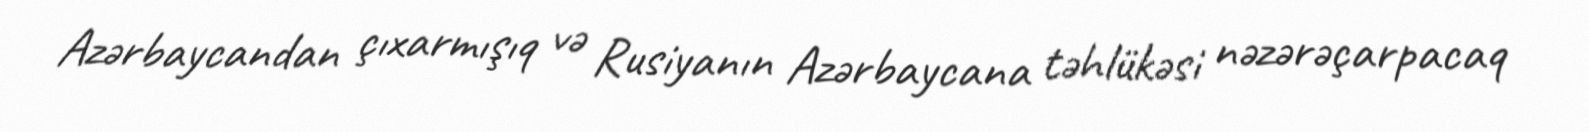
Azərbaycandan çıxarmışıq və Rusiyanın Azərbaycana təhlükəsi nəzərəçarpacaq